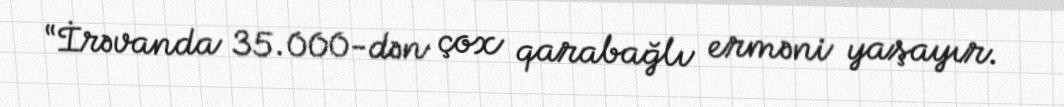
“İrəvanda 35.000-dən çox qarabağlı erməni yaşayır.